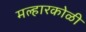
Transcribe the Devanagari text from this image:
मल्हारकोळी